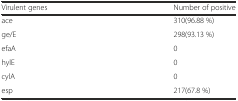
<table><thead><tr><td><b>Virulent genes</b></td><td><b>Number of positive</b></td></tr></thead><tbody><tr><td>ace</td><td>310(96.88 %)</td></tr><tr><td>ge/E</td><td>298(93.13 %)</td></tr><tr><td>efaA</td><td>0</td></tr><tr><td>hylE</td><td>0</td></tr><tr><td>cylA</td><td>0</td></tr><tr><td>esp</td><td>217(67.8 %)</td></tr></tbody></table>